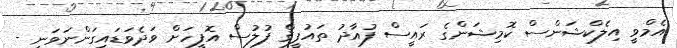
އެމްވީ އިލެކްޝަންސް ކޮމިޝަންގެ ރައީސް ފުއާދު ތައުފީޤް ފުލުސް އޮފީހަށް ވަދެވަޑައިގަންނަވަނީ -